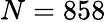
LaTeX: N=858